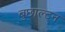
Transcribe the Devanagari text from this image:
बुछाल्टन